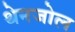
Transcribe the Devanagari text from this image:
थेनजोल